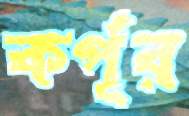
কর্পূর